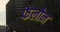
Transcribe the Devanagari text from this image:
फेलोन